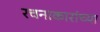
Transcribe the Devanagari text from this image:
रचनाकारांच्या